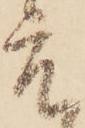
度